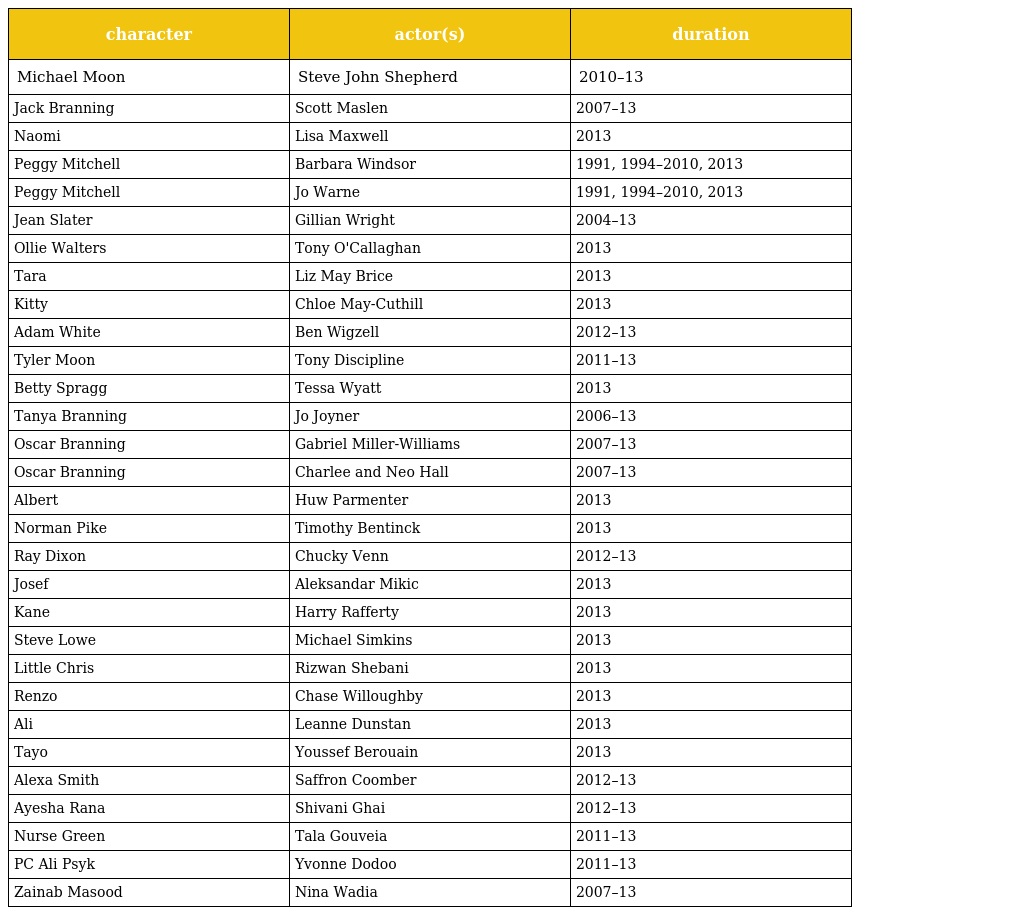
| character | actor(s) | duration |
 | --- | --- | --- |
 | Michael Moon | Steve John Shepherd | 2010–13 |
 | Jack Branning | Scott Maslen | 2007–13 |
 | Naomi | Lisa Maxwell | 2013 |
 | Peggy Mitchell | Barbara Windsor | 1991, 1994–2010, 2013 |
 | Peggy Mitchell | Jo Warne | 1991, 1994–2010, 2013 |
 | Jean Slater | Gillian Wright | 2004–13 |
 | Ollie Walters | Tony O'Callaghan | 2013 |
 | Tara | Liz May Brice | 2013 |
 | Kitty | Chloe May-Cuthill | 2013 |
 | Adam White | Ben Wigzell | 2012–13 |
 | Tyler Moon | Tony Discipline | 2011–13 |
 | Betty Spragg | Tessa Wyatt | 2013 |
 | Tanya Branning | Jo Joyner | 2006–13 |
 | Oscar Branning | Gabriel Miller-Williams | 2007–13 |
 | Oscar Branning | Charlee and Neo Hall | 2007–13 |
 | Albert | Huw Parmenter | 2013 |
 | Norman Pike | Timothy Bentinck | 2013 |
 | Ray Dixon | Chucky Venn | 2012–13 |
 | Josef | Aleksandar Mikic | 2013 |
 | Kane | Harry Rafferty | 2013 |
 | Steve Lowe | Michael Simkins | 2013 |
 | Little Chris | Rizwan Shebani | 2013 |
 | Renzo | Chase Willoughby | 2013 |
 | Ali | Leanne Dunstan | 2013 |
 | Tayo | Youssef Berouain | 2013 |
 | Alexa Smith | Saffron Coomber | 2012–13 |
 | Ayesha Rana | Shivani Ghai | 2012–13 |
 | Nurse Green | Tala Gouveia | 2011–13 |
 | PC Ali Psyk | Yvonne Dodoo | 2011–13 |
 | Zainab Masood | Nina Wadia | 2007–13 |